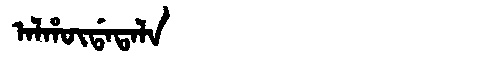
Manchu: ᠠᠯᡥᡡᡩᠠᡨᠠᠯᠠ
Romanization: ALHŪDATALA